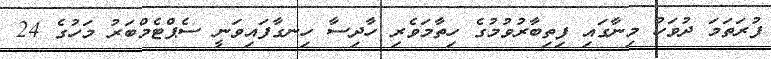
ފުރަތަމަ ދުވަހު މިނާގައި ފިތިބާރުވުމުގެ ހިތާމަވެރި ހާދިސާ ހިނގާފައިވަނީ ސެޕްޓެމްބަރު މަހުގެ 24